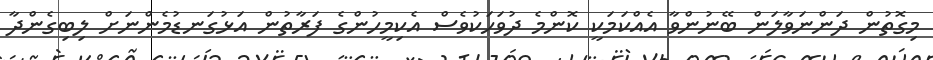
މިގޮތުން ދަންނަވާލަން ބޭނުންވާ އެއްކަމަކީ ކޮންމެ ދުވަހަކުވެސް އެކިމީހުންގެ ފަރާތުން އަޅުގަނޑުމެންނަށް ލިބިގެންދާ